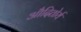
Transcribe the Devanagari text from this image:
औदितोर्य